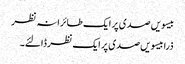
بیسویں صدی پر ایک طائرانہ نظر
ذرا بیسویں صدی پر ایک نظر ڈالئے۔